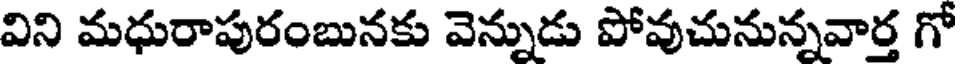
విని మధురాపురంబునకు వెన్నుడు పోవుచునున్నవార్త గో